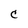
Character: c